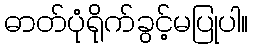
ဓာတ်ပုံရိုက်ခွင့်မပြုပါ။